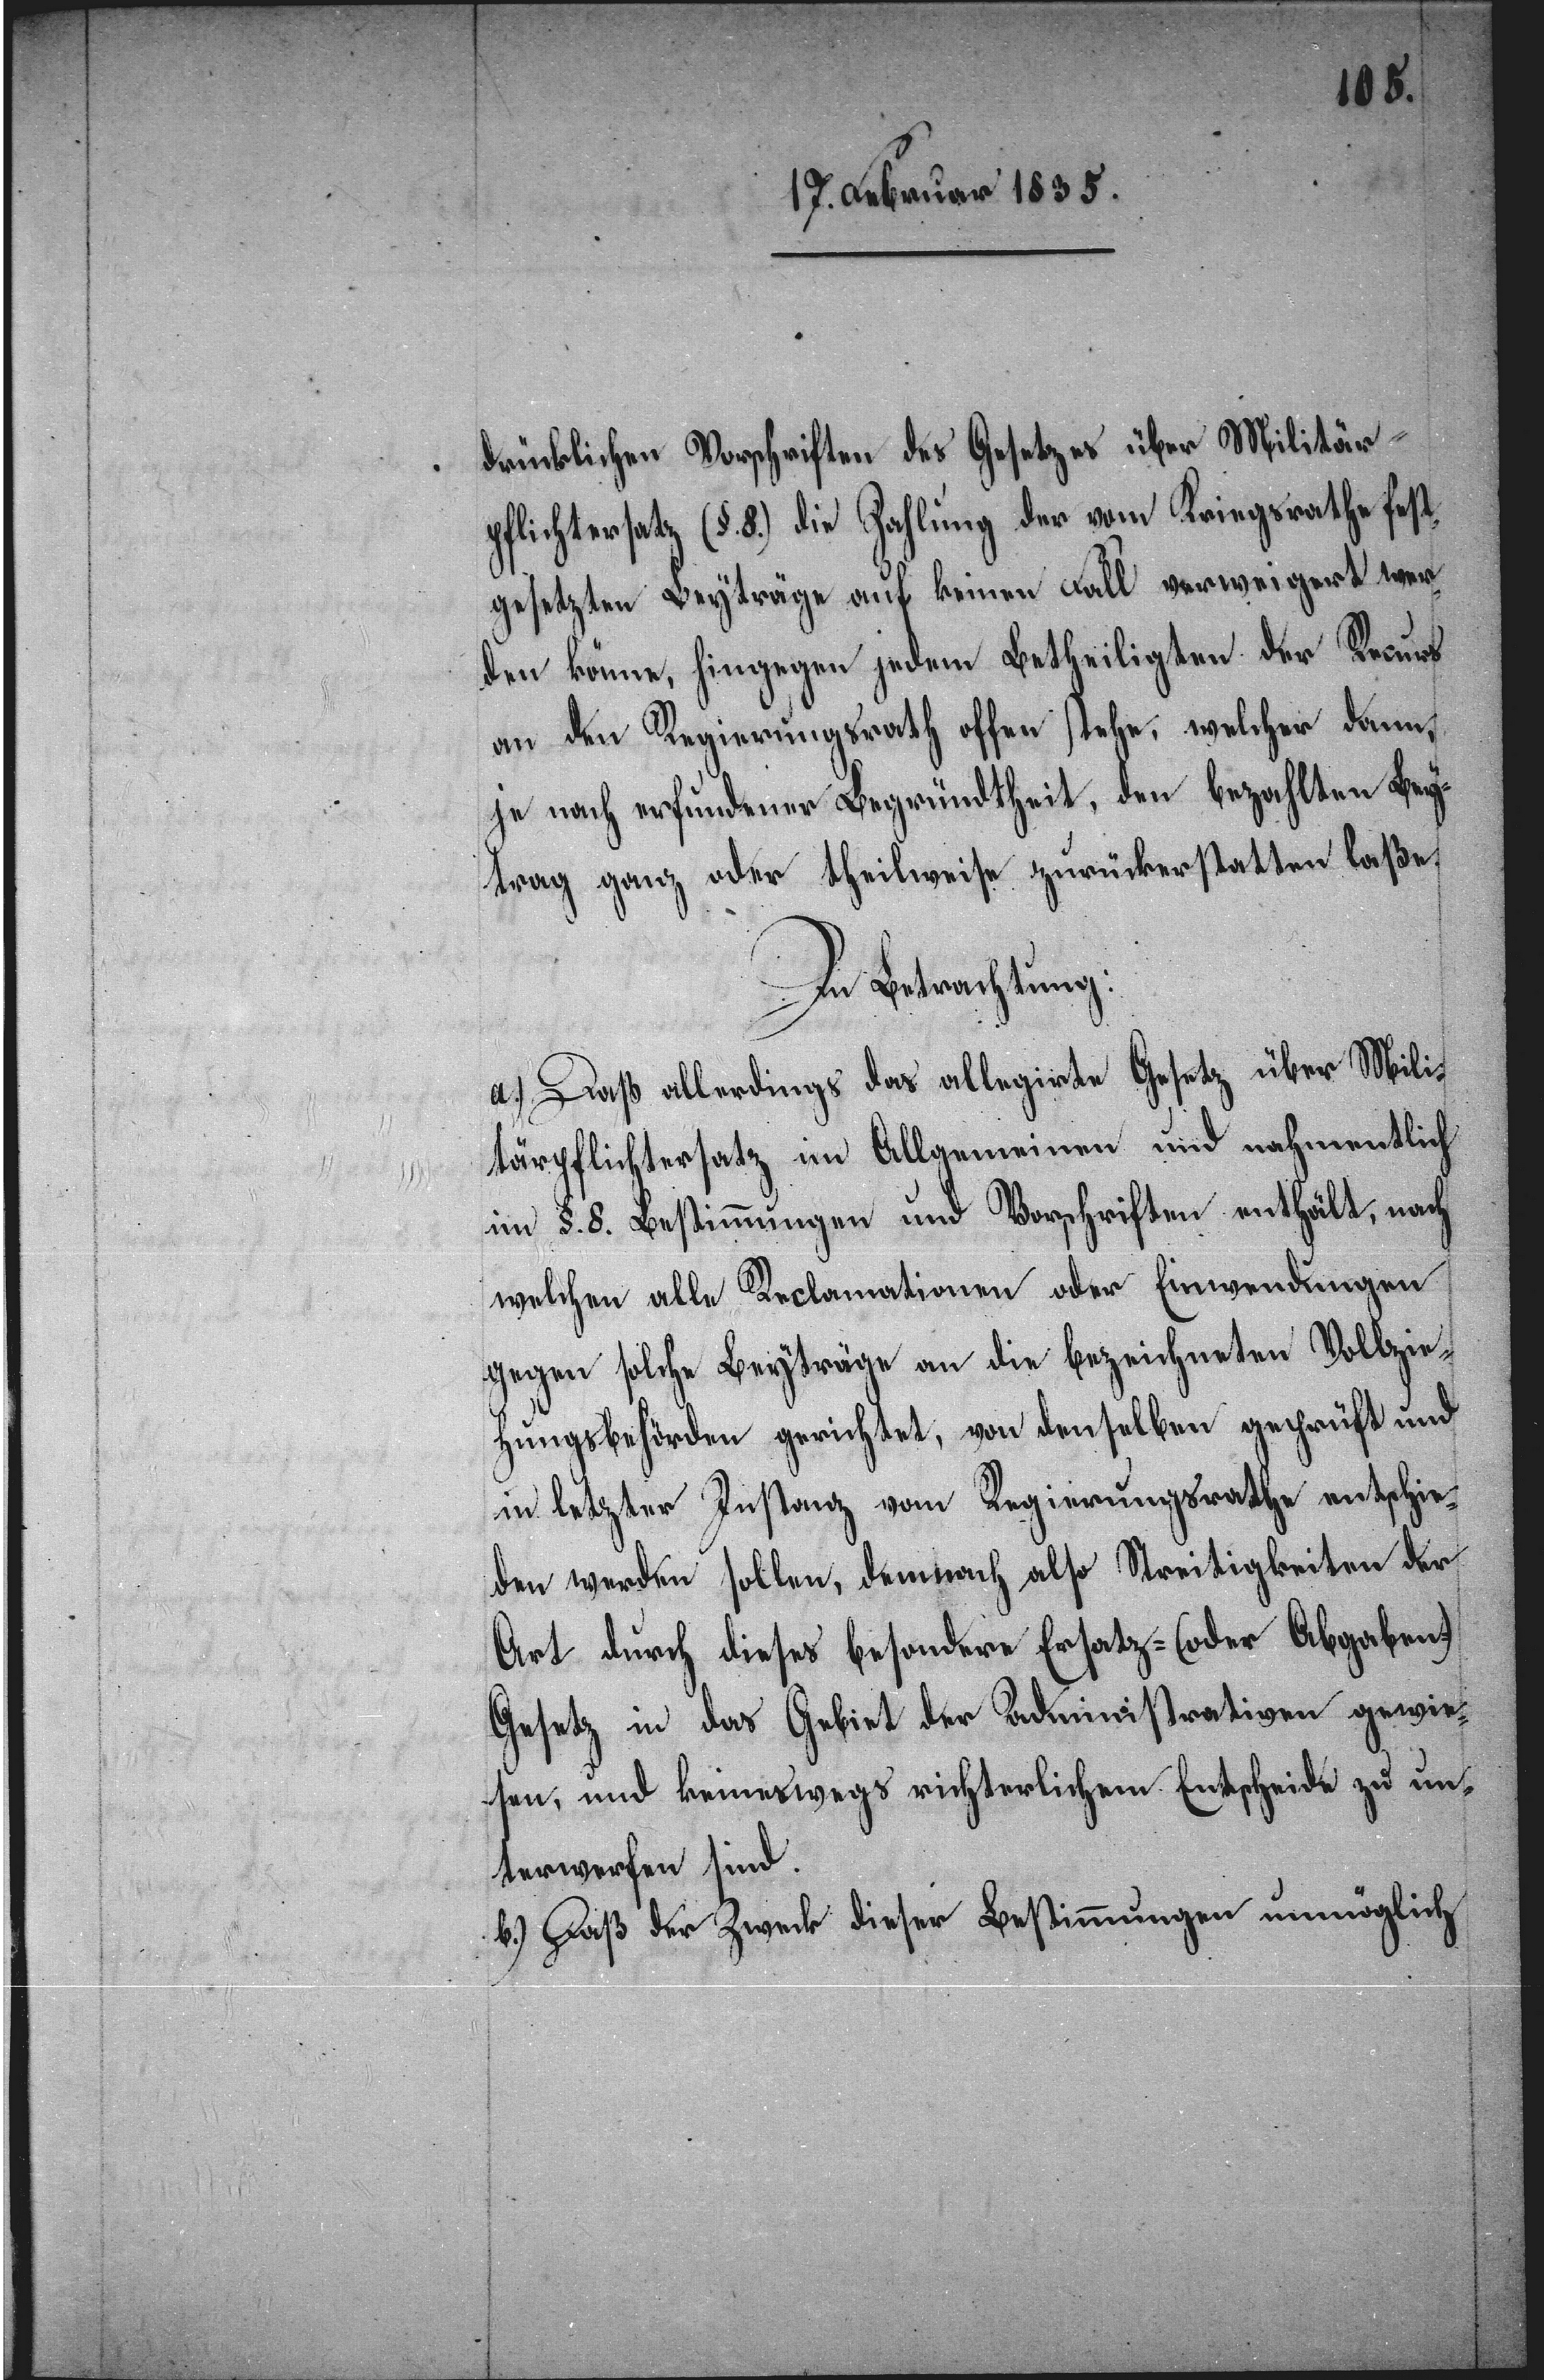
drücklichen Vorschriften des Gesetzes über Militär¬
pflichtersatz (§. 8.) die Zahlung der vom Kriegsrath fest¬
gesetzten Beyträge auf keinen Fall verweigert wer¬
den könne, hingegen jedem Betheiligten der Recurs
an den Regierungsrath offen stehe, welcher dann,
je nach erfundener Begründtheit, den bezahlten Bey¬
trag ganz oder theilweise zurückerstatten laße.
In Betrachtung:
a.) Daß allerdings das allegirte Gesetz über Mili¬
tärpflichtersatz im Allgemeinen und nahmentlich
im §. 8. Bestimmungen und Vorschriften enthält, nach
welchen alle Reclamationen oder Einwendungen
gegen solche Beyträge an die bezeichneten Vollzie¬
hungsbehörden gerichtet, von denselben geprüft und
in letzter Instanz vom Regierungsrathe entschie¬
den werden sollen, demnach also Streitigkeiten der
Art durch dieses besondere Ersatz- (oder Abgaben-)
Gesetz in das Gebiet der Administrativen gewie¬
sen, und keineswegs richterlichem Entscheide zu un¬
terwerfen sind.
b.) Daß der Zweck dieser Bestimmungen unmöglich